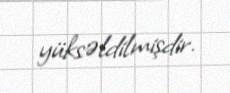
yüksəldilmişdir.